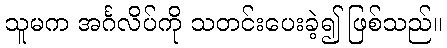
သူမက အင်္ဂလိပ်ကို သတင်းပေးခဲ့၍ ဖြစ်သည်။